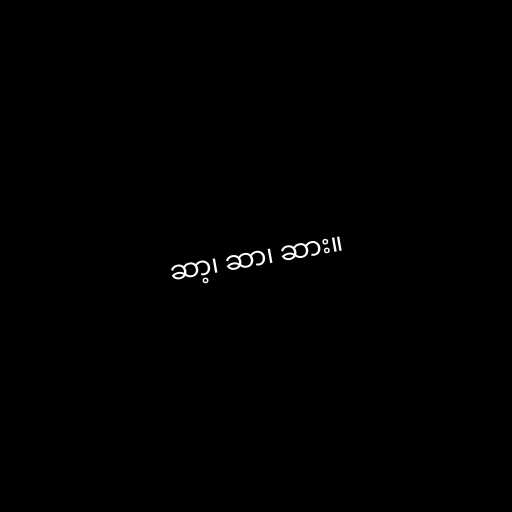
ဆာ့၊ ဆာ၊ ဆား။